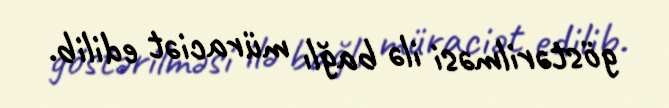
göstərilməsi ilə bağlı müraciət edilib.